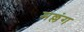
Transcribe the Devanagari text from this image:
मल्लंग